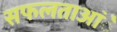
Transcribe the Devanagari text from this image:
सफलताआंे